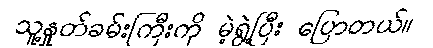
သူ့နှုတ်ခမ်းကြီးကို မဲ့ရွဲ့ပြီး ပြောတယ်။